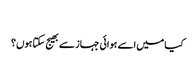
‬
‫کیا میں اسے ہوائی جہاز سے بھیج سکتا ہوں؟